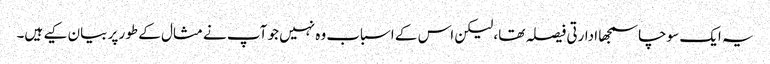
یہ ایک سوچاسمجھا ادارتی فیصلہ تھا، لیکن اس کے اسباب وہ نہیں جو آپ نے مثال کے طور پر بیان کیے ہیں۔